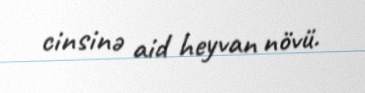
cinsinə aid heyvan növü.